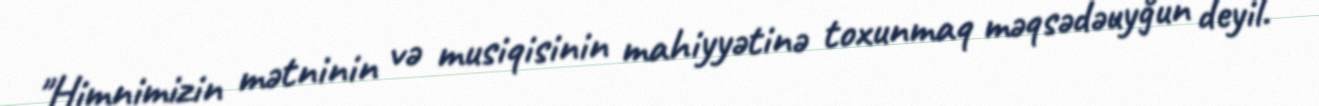
"Himnimizin mətninin və musiqisinin mahiyyətinə toxunmaq məqsədəuyğun deyil.